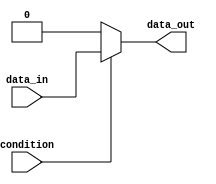
module if_else_example (
    input wire condition,
    input wire data_in,
    output reg data_out
);

always @ (condition or data_in)
begin
    if (condition) begin
        // Executes when condition is true
        data_out <= data_in;
    end
    else begin
        // Executes when condition is false
        data_out <= 0;
    end
end

endmodule